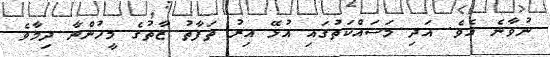
ނުވާނެ އެވެ. އަދި މަސައްކަތުގައި އުޅޭ އިރު ތަފާތު ޒާތުގެ މީހުންނާ ދިމާވެ